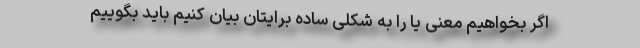
اگر بخواهیم معنی یا را به شکلی ساده برایتان بیان کنیم باید بگوییم